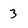
Character: 3